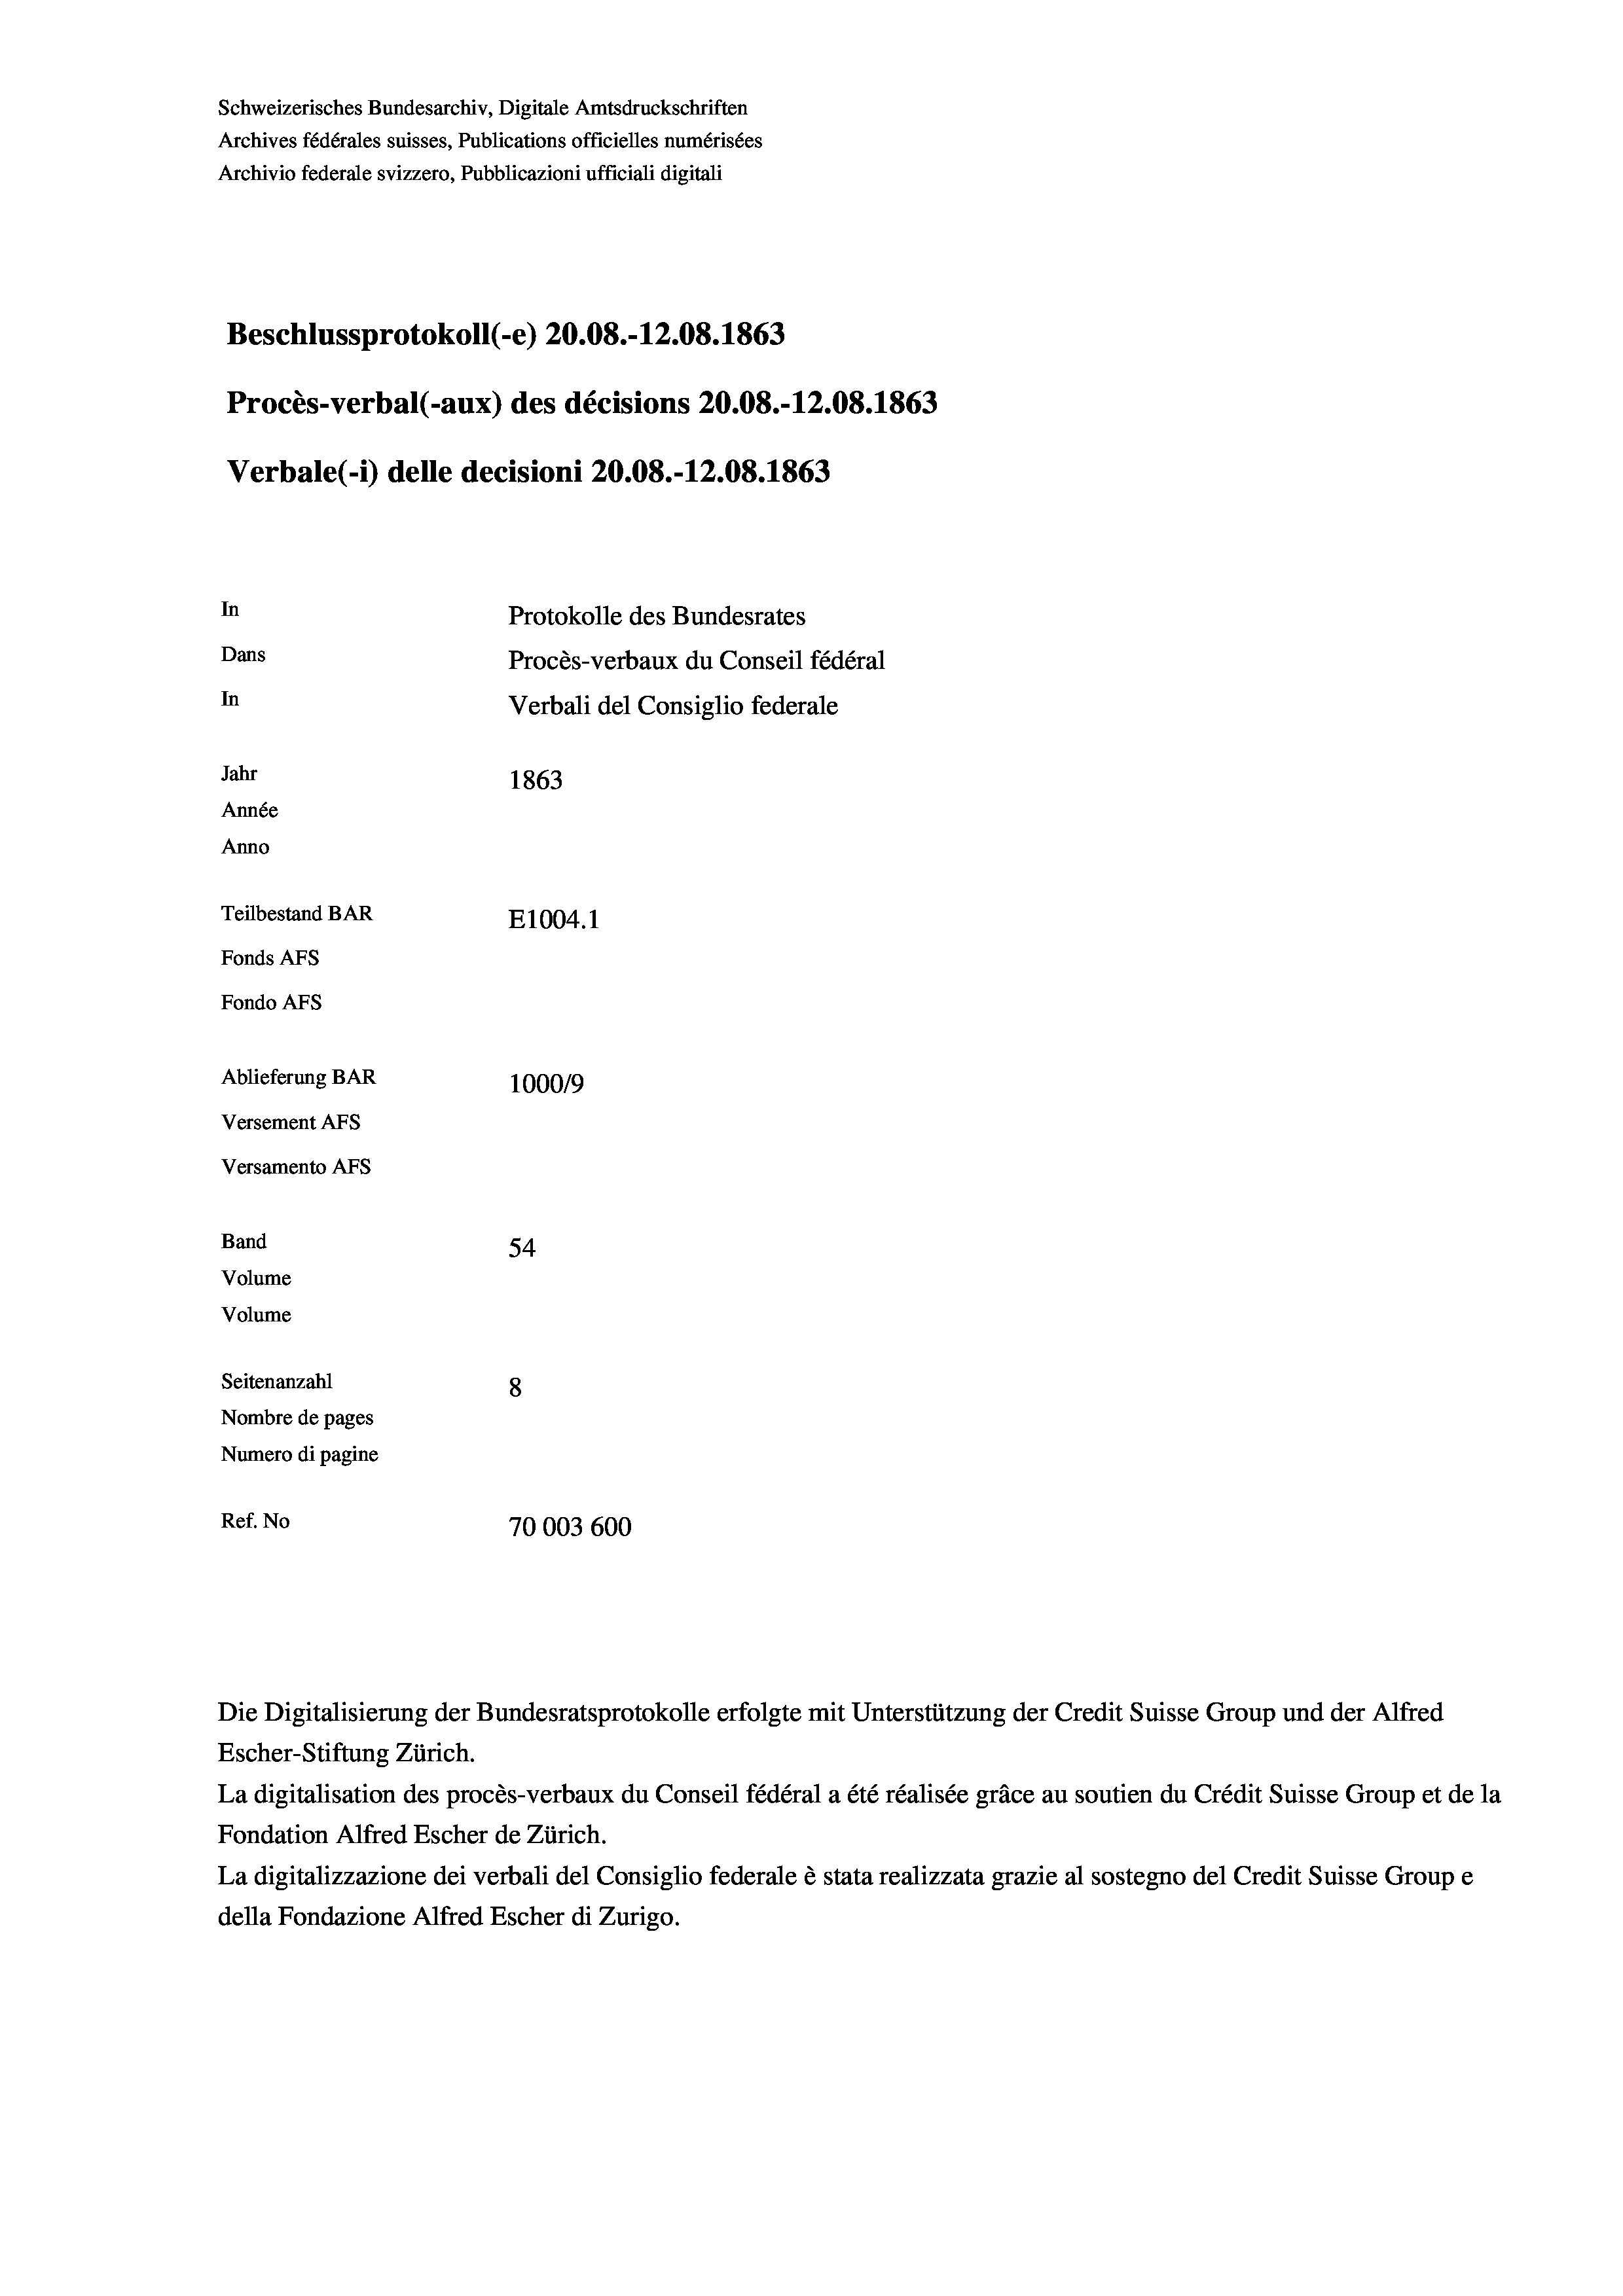
Schweizerisches Bundesarchiv, Digitale Amtsdruckschriften
Archives fédérales suisses, Publications officielles numérisées
Archivio federale svizzero, Pubblicazioni ufficiali digitali
Beschlussprotokoll (-e) 20.08.-12.08. 1863
Procès-verbal (-aux) des décisions 20.08.-12.08. 1863
Verbale (- 1) delle decisioni 20.08.-12.08. 1863
In
Protokolle des Bundesrates
Dans
Procès-verbaux du Conseil fédéral
In
Verbali del Consiglio federale
Jahr
1863
Année
Anno
Teilbestand BAR
E1004. 1
Fonds AFs
Fondo AFS
Ablieferung BAR
100019
Versement AFs
Versamento Afs
Band
54
Volume
Volume

Seitenanzahl
8
Nombre de pages
Numero di pagine
Ref. No
70003 600

Escher-Stiftung Zürich.
La digitalisation des procès-verbaux du Conseil fédéral a été réalisée gräce au soutien du Crédit Suisse Group et de la
Fondation Alfred Escher de Zürich.
La digitalizzazione dei verbali del Consiglio federale è stata realizzata grazie al sostegno del Credit Suisse Groupe
della Fondazione Alfred Escher di Zurigo.

Die Digitalisierung der Bundesratsprotokolle erfolgte mit Unterstützung der Credit Suisse Group und der Alfred